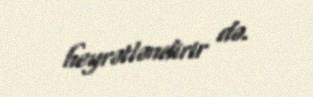
heyrətləndirir də.